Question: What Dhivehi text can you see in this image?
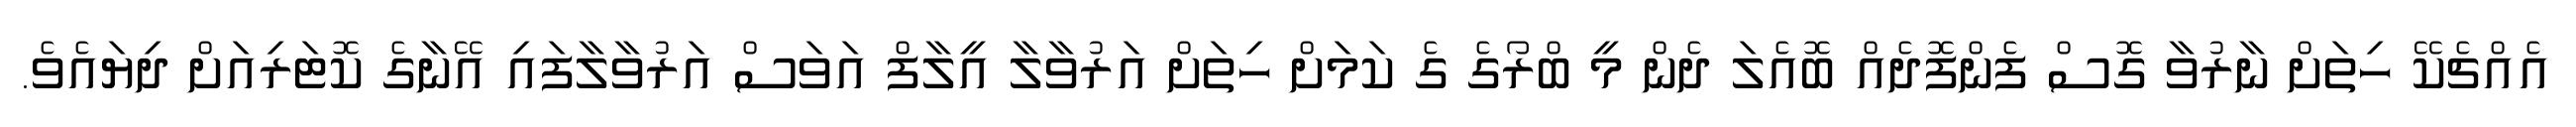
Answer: އެއްޗެކޭ ހިތަށް ނާރުވާ ގޮސް ފެންފޮދެއް ބޮއެލަ ދެން މީ ބްރޯގެ ގެ ކަމަށް ހިތަށް އަރުވާލާ އީލާފް އަވަސް އަރުވާލާފައި އޭނާގެ ކޮޓަރިއަށް ދިޔައެވެ.